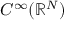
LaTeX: C ^ { \infty } ( \mathbb { R } ^ { N } )